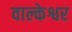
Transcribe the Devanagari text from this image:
वाल्केश्वर